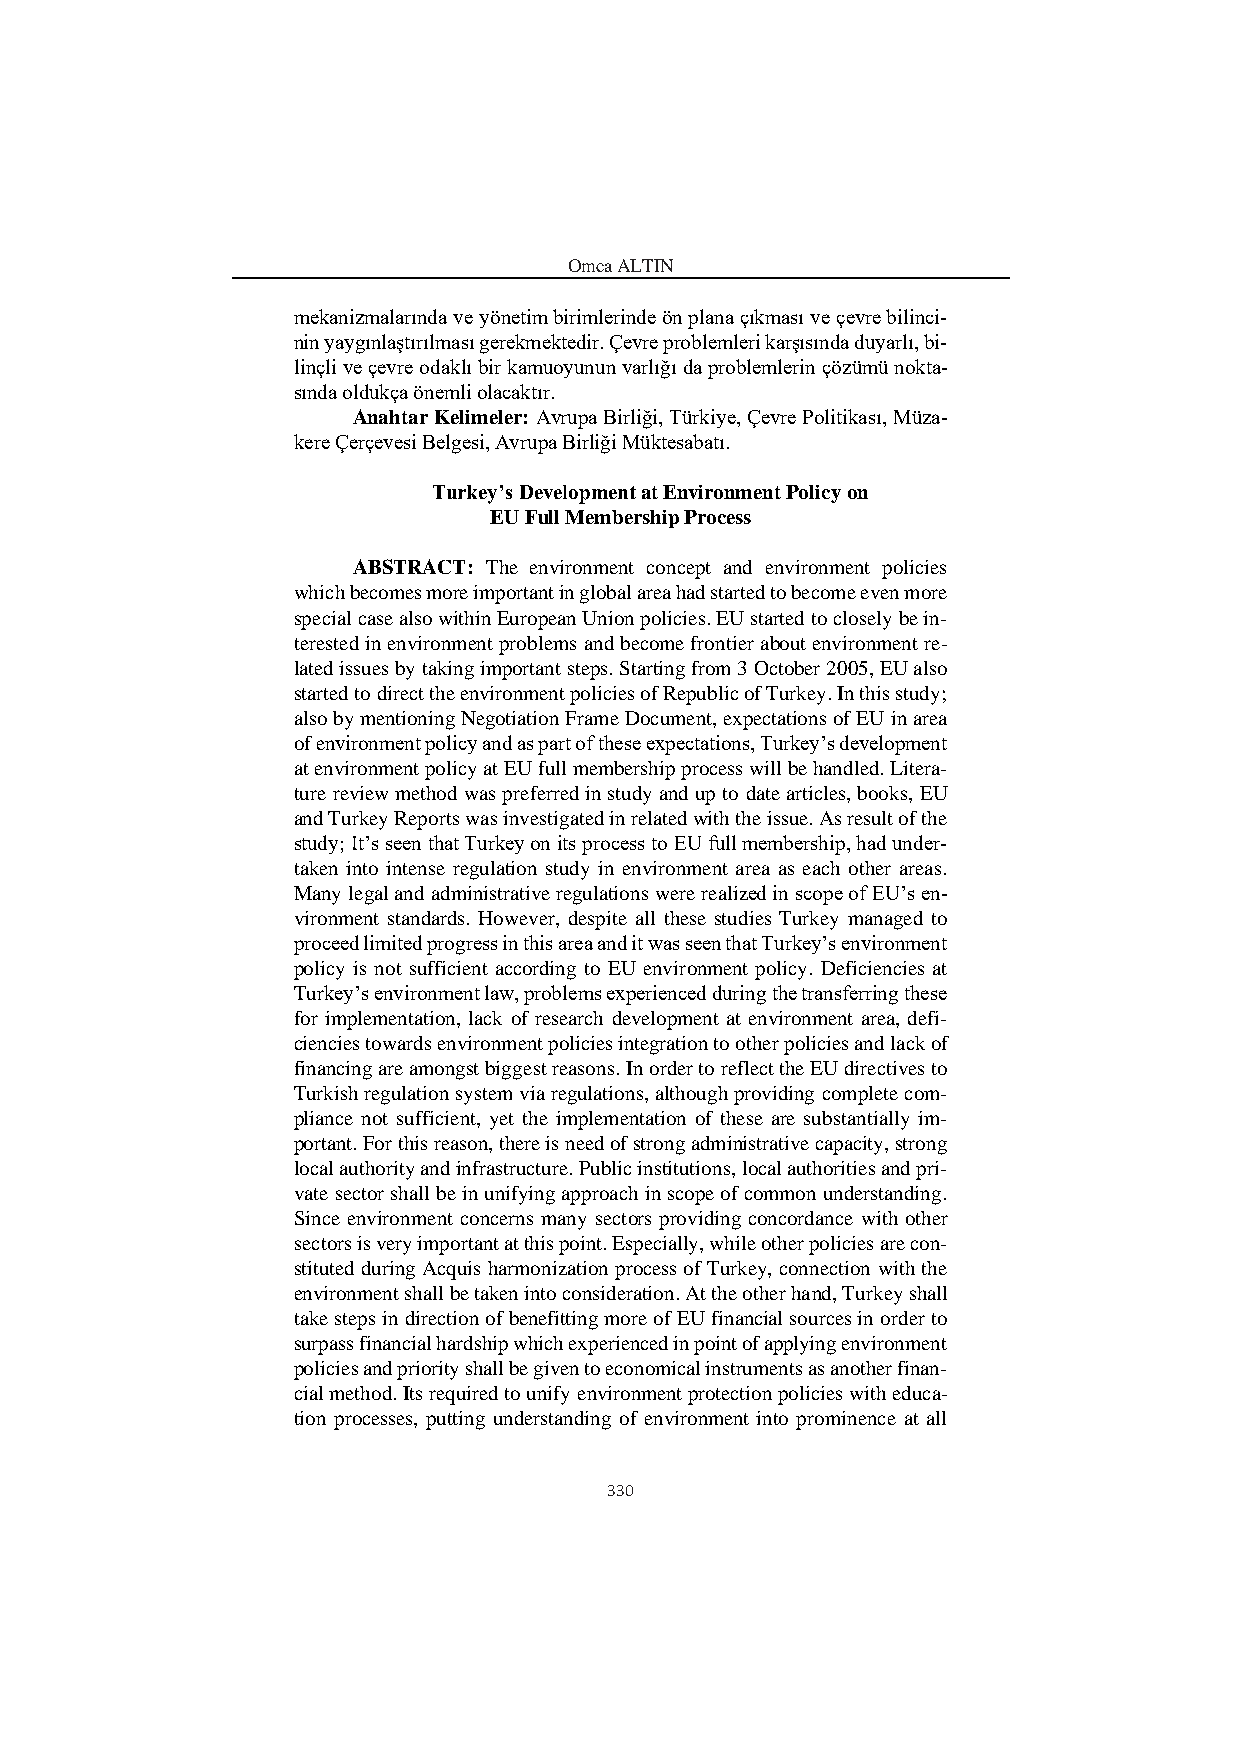
Omca ALTIN
 mekanizmalarında ve yönetim birimlerinde ön plana çıkması ve çevre bilinci-
 nin yaygınlaştırılması gerekmektedir. Çevre problemleri karşısında duyarlı, bi-
 linçli ve çevre odaklı bir kamuoyunun varlığı da problemlerin çözümü nokta-
 sında oldukça önemli olacaktır.
 Anahtar Kelimeler: Avrupa Birliği, Türkiye, Çevre Politikası, Müza-
 kere Çerçevesi Belgesi, Avrupa Birliği Müktesabatı.
 Turkey’s Development at Environment Policy on
 EU Full Membership Process
 ABSTRACT: The environment concept and environment policies
 which becomes more important in global area had started to become even more
 special case also within European Union policies. EU started to closely be in-
 terested in environment problems and become frontier about environment re-
 lated issues by taking important steps. Starting from 3 October 2005, EU also
 started to direct the environment policies of Republic of Turkey. In this study;
 also by mentioning Negotiation Frame Document, expectations of EU in area
 of environment policy and as part of these expectations, Turkey’s development
 at environment policy at EU full membership process will be handled. Litera-
 ture review method was preferred in study and up to date articles, books, EU
 and Turkey Reports was investigated in related with the issue. As result of the
 study; It’s seen that Turkey on its process to EU full membership, had under-
 taken into intense regulation study in environment area as each other areas.
 Many legal and administrative regulations were realized in scope of EU’s en-
 vironment standards. However, despite all these studies Turkey managed to
 proceed limited progress in this area and it was seen that Turkey’s environment
 policy is not sufficient according to EU environment policy. Deficiencies at
 Turkey’s environment law, problems experienced during the transferring these
 for implementation, lack of research development at environment area, defi-
 ciencies towards environment policies integration to other policies and lack of
 financing are amongst biggest reasons. In order to reflect the EU directives to
 Turkish regulation system via regulations, although providing complete com-
 pliance not sufficient, yet the implementation of these are substantially im-
 portant. For this reason, there is need of strong administrative capacity, strong
 local authority and infrastructure. Public institutions, local authorities and pri-
 vate sector shall be in unifying approach in scope of common understanding.
 Since environment concerns many sectors providing concordance with other
 sectors is very important at this point. Especially, while other policies are con-
 stituted during Acquis harmonization process of Turkey, connection with the
 environment shall be taken into consideration. At the other hand, Turkey shall
 take steps in direction of benefitting more of EU financial sources in order to
 surpass financial hardship which experienced in point of applying environment
 policies and priority shall be given to economical instruments as another finan-
 cial method. Its required to unify environment protection policies with educa-
 tion processes, putting understanding of environment into prominence at all
 330